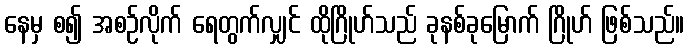
နေမှ စ၍ အစဉ်လိုက် ရေတွက်လျှင် ထိုဂြိုဟ်သည် ခုနစ်ခုမြောက် ဂြိုဟ် ဖြစ်သည်။